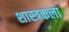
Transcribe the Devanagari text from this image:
शास्त्रकला